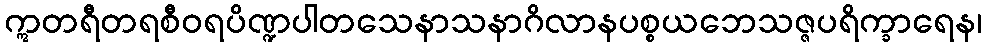
ဣတရီတရစီဝရပိဏ္ဍပါတသေနာသနာဂိလာနပစ္စယဘေသဇ္ဇပရိက္ခာရေန၊